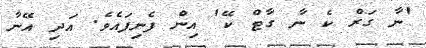
'ނާ ގަރް ކެ ނާ ގާޓް ކޭ' އިން ފެނިފައެވެ. އަދި އޭނާ